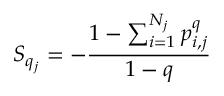
S _ { q _ { j } } = - \frac { 1 - \sum _ { i = 1 } ^ { N _ { j } } p _ { i , j } ^ { q } } { 1 - q }